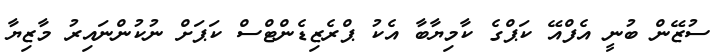
ސުޒޭން ބުނީ އެފްއޭ ކަޕްގެ ކާމިޔާބާ އެކު ޕްރެޒިޑެންޓްސް ކަޕަށް ނުކުންނައިރު މާޒިޔާ